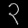
Digit: ၃